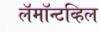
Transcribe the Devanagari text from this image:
लॅमॉन्टव्हिल